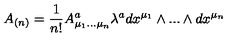
A _ { ( n ) } = { \frac { 1 } { n ! } } A _ { \mu _ { 1 } . . . \mu _ { n } } ^ { a } \lambda ^ { a } d x ^ { \mu _ { 1 } } \wedge . . . \wedge d x ^ { \mu _ { n } }